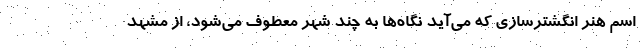
اسم هنر انگشترسازی که می‌آید نگاه‌ها به چند شهر معطوف می‌شود، از مشهد